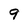
Character: 9